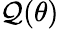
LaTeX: \mathcal{Q}(\theta)